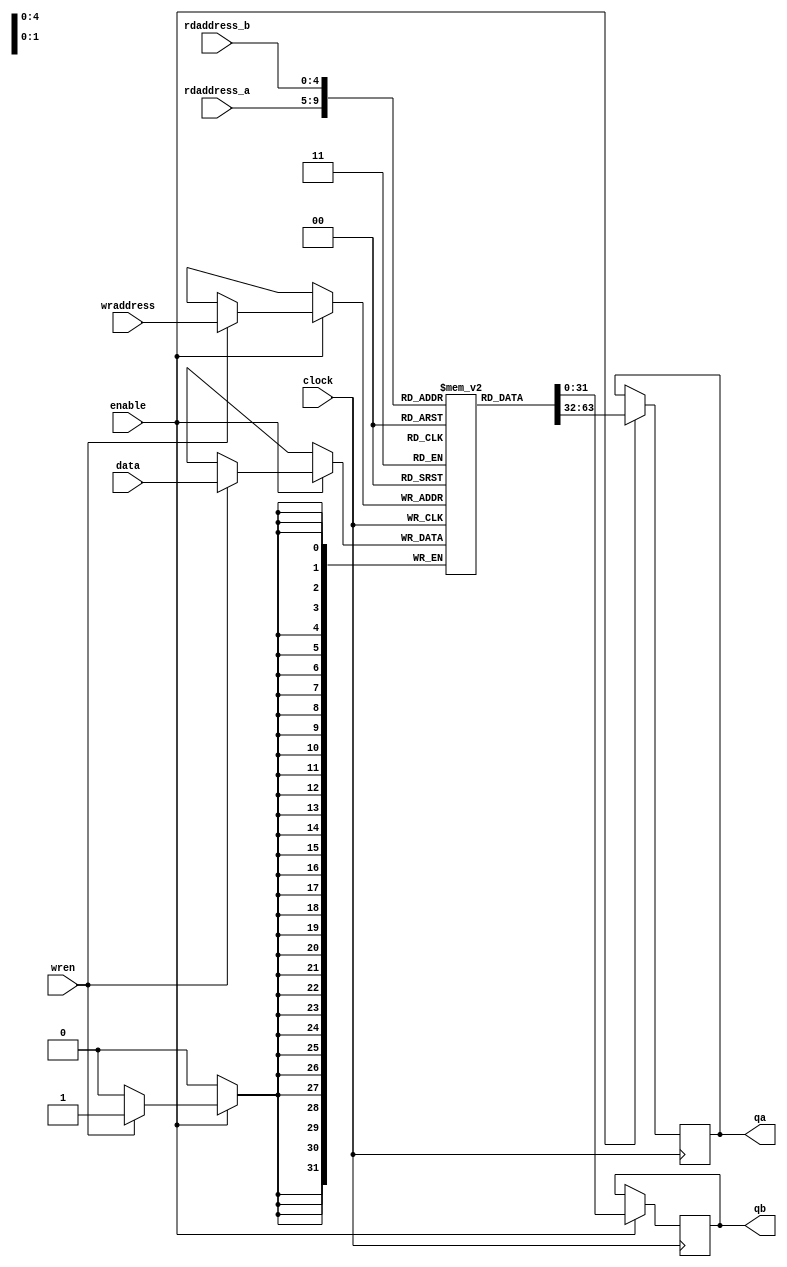
module regfile(input  wire        clock,
               input  wire        enable,

               input  wire [ 4:0] rdaddress_a,
               input  wire [ 4:0] rdaddress_b,
               // Write port
               input  wire        wren,
               input  wire [ 4:0] wraddress,
               input  wire [31:0] data,

               // Read ports
               output reg  [31:0] qa, // One clock cycle delayed
               output reg  [31:0] qb  // One clock cycle delayed
               );

   reg [31:0] regs [31:0];

   always @(posedge clock)
     if (enable) begin
        if (wren)
          regs[wraddress] <= data;
        qa <= regs[rdaddress_a];
        qb <= regs[rdaddress_b];
     end
      
   reg [7:0] i;
   initial begin
      i = 0;
      repeat (32) begin
         regs[i] = 0 /*{4{i}}*/;
         i = i + 1;
      end
   end
endmodule